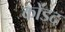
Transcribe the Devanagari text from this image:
कोंडद